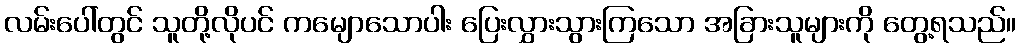
လမ်းပေါ်တွင် သူတို့လိုပင် ကမျောသောပါး ပြေးလွှားသွားကြသော အခြားသူများကို တွေ့ရသည်။